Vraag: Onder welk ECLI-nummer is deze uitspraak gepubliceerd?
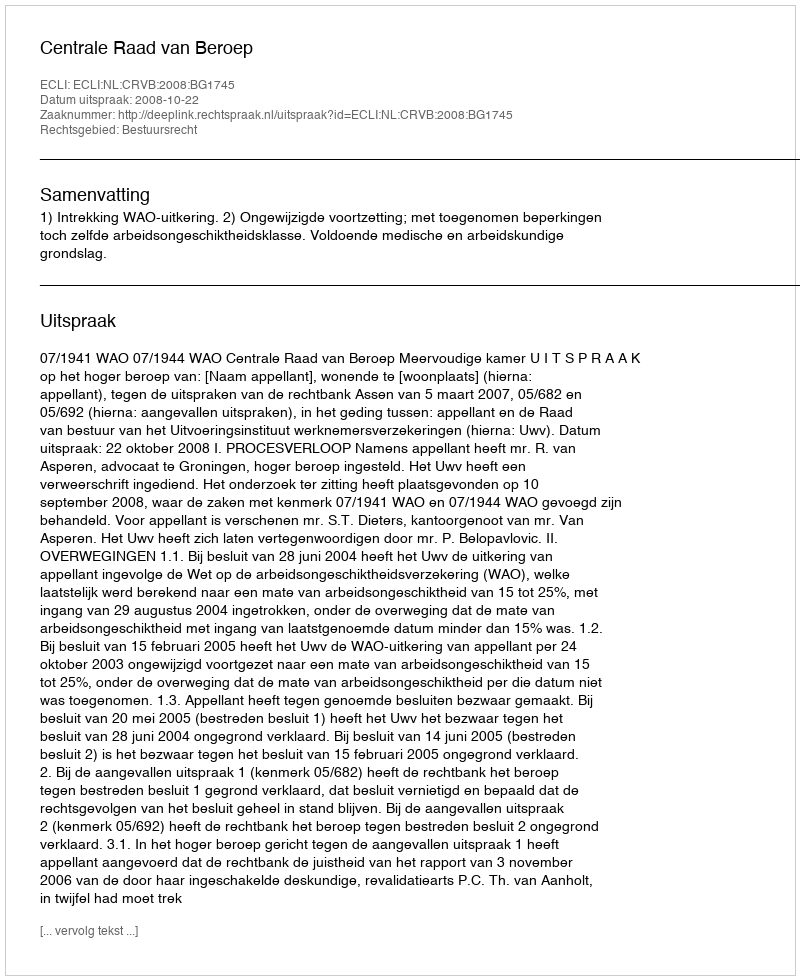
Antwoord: ECLI:NL:CRVB:2008:BG1745